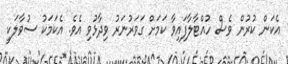
އެކަން ކުރުން ވެސް ހުއްޓާލާފައިވާ ކަމަށް ގަވަރުނަރު ވިދާޅުވި އެވެ. އެކަމަކު ސުވާލަކީ